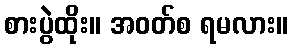
စားပွဲထိုး။ အဝတ်စ ရမလား။